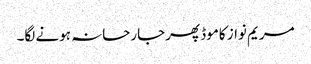
مریم نواز کاموڈ پھرجارحانہ ہونے لگا۔